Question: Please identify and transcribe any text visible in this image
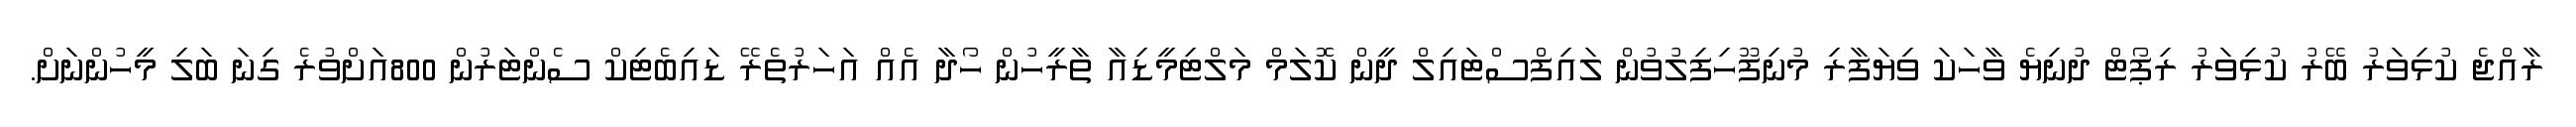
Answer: ރާއްޖެ ކުޅިވަރު ބޭރު ކުޅިވަރު ރިޕޯޓް ދުނިޔެ ވާހަކަ ވިޔަފާރި މުނިފޫހިފިލުވުން ލައިފްސްޓައިލް ދީން ކޮލަމް މަލްޓިމީޑިއާ ތާރީހުން ހޯދާ އެއް އަހަރުތެރޭ ޑައިބެޓިކް ސެންޓަރުން 800އަށްވުރެ ގިނަ ބަލި މީހުންނަށް.